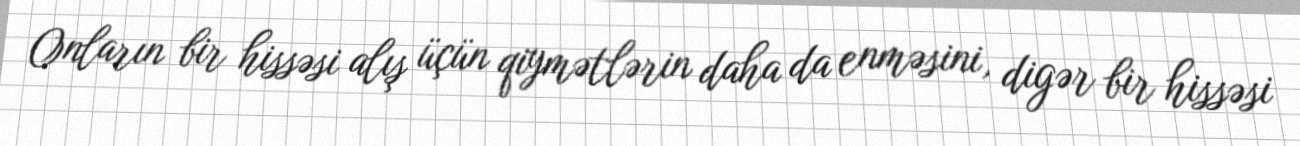
Onların bir hissəsi alış üçün qiymətlərin daha da enməsini, digər bir hissəsi